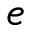
e